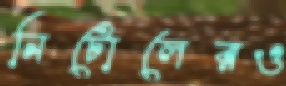
নিটোলেরও